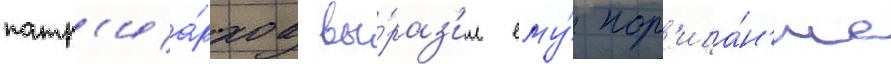
патр'иа́рхов вы́раз'ил ему́ пор'ица́н'ие